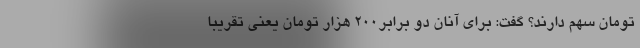
تومان سهم دارند؟ گفت: برای آنان دو برابر۲۰۰ هزار تومان یعنی تقریبا